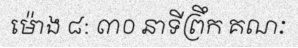
ម៉ោង ៨: ៣០ នាទីព្រឹក គណៈ